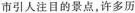
市引人注目的景点,许多历